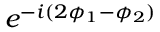
e ^ { - i ( 2 \phi _ { 1 } - \phi _ { 2 } ) }